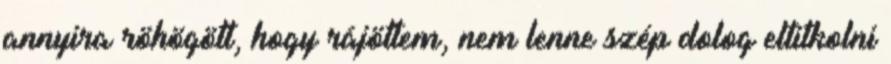
annyira röhögött, hogy rájöttem, nem lenne szép dolog eltitkolni